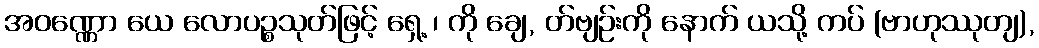
အဝဏ္ဏော ယေ လောပဉ္စသုတ်ဖြင့် ရှေ့ ၊ ကို ချေ, တ်ဗျဉ်းကို နောက် ယသို့ ကပ် (ဗာဟုဿုတျ),